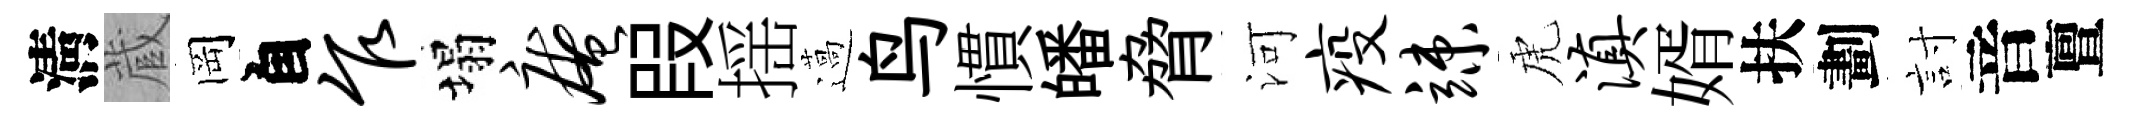
淸蔵岡自乍塌庵叚揺薖鸟慣皤脅河疫竦虎滇婿扶劃討音亶